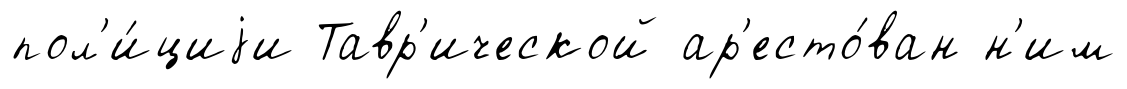
пол'и́циjи Тавр'ической ар'есто́ван н'им